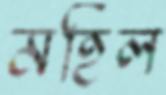
মহিল